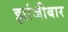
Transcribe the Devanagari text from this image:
झांजीबार